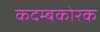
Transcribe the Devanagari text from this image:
कदम्बकोरक